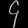
Digit: ၄